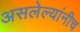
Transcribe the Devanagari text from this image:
असलेल्यांनीच